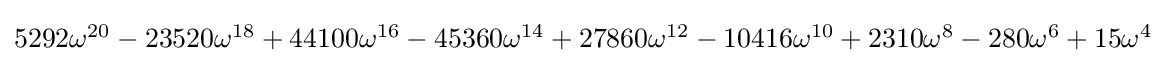
{\textstyle 5292\omega ^{20}-23520\omega ^{18}+44100\omega ^{16}-45360\omega ^{14}+27860\omega ^{12}-10416\omega ^{10}+2310\omega ^{8}-280\omega ^{6}+15\omega ^{4}}